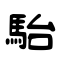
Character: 駘